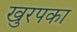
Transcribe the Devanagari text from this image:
खुरपका